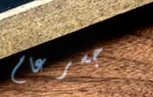
جسر عام